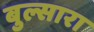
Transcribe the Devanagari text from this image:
बुल्सारा